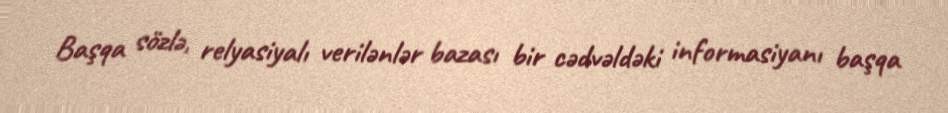
Başqa sözlə, relyasiyalı verilənlər bazası bir cədvəldəki informasiyanı başqa